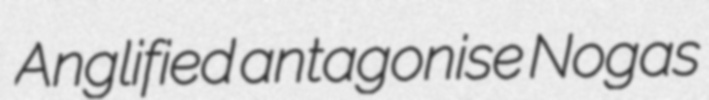
Anglified antagonise Nogas